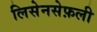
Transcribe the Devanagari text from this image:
लिसेनसेफ़ली